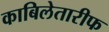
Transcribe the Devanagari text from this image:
काबिलेतारीफ